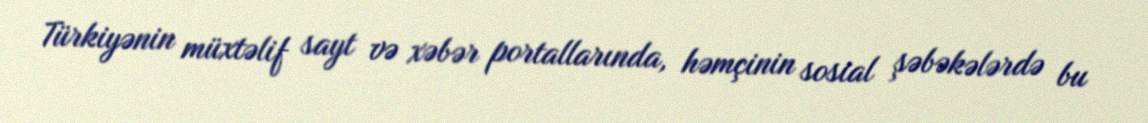
Türkiyənin müxtəlif sayt və xəbər portallarında, həmçinin sosial şəbəkələrdə bu